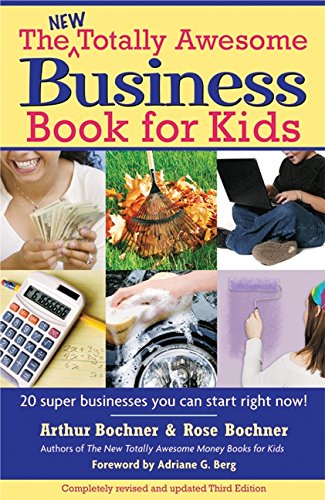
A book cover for New Totally Awesome Business Book for Kids: Revised Edition (New Totally Awesome Series); Arthur Bochner; Children's Books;